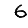
Digit: 6